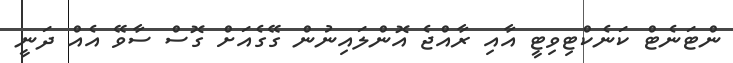
ންޓަނެޓް ކަނެކްޓިވިޓީ އާއި ރާއްޖެ އޮންލައިނުން ގޭގެއަށް ގޮސް ސާވޭ އެއް ދަނީ